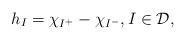
LaTeX: \begin{align*} h_I = \chi_{I^+}-\chi_{I^-}, I\in\mathcal{D},\end{align*}